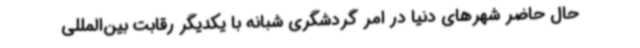
حال حاضر شهرهای دنیا در امر گردشگری شبانه با یکدیگر رقابت بین‌المللی